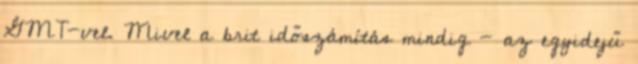
GMT-vel. Mivel a brit időszámítás mindig - az egyidejű